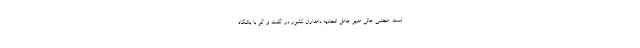
است. مجتبی عالی مدیر عامل اتحادیه دامداران کشور در گفت و گو با باشگاه